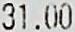
31.00